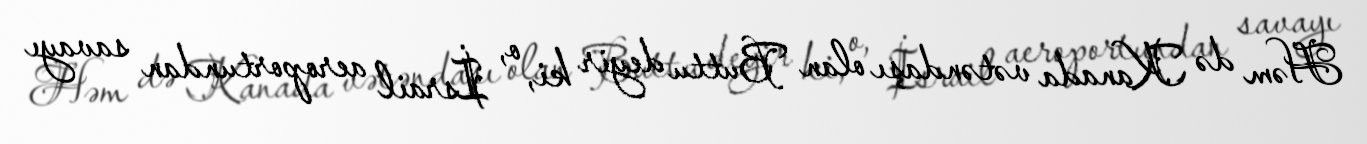
Həm də Kanada vətəndaşı olan Buttu deyir ki, o, İsrail aeroportundan savayı